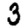
Digit: 3